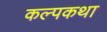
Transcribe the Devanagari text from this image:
कल्पकथा